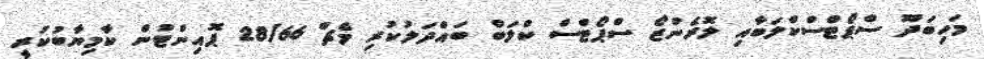
މަހިބަދޫ ސްޕޯޓްސްކްލަބާއި ލޮރެންޒޯ ސްޕޯޓްސް ކްލަބް ބައްދަލުކުރި މެޗް 28/66 ޕޮއިންޓުން ކާމިޔާބުކުރީ